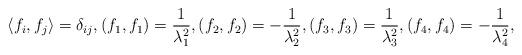
LaTeX: \begin{align*}\langle f_i,f_j\rangle=\delta_{ij}, (f_1,f_1)=\frac{1}{\lambda_1^2},(f_2,f_2)=-\frac{1}{\lambda_2^2},(f_3,f_3)=\frac{1}{\lambda_3^2},(f_4,f_4)=-\frac{1}{\lambda_4^2},\end{align*}